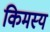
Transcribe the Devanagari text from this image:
किमस्य